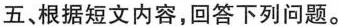
五、根据短文内容,回答下列问题.